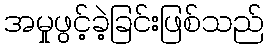
အမှုဖွင့်ခဲ့ခြင်းဖြစ်သည်